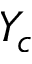
Y _ { c }